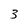
Character: 3